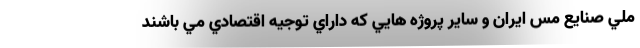
ملي صنايع مس ايران و ساير پروژه هايي كه داراي توجيه اقتصادي مي باشند